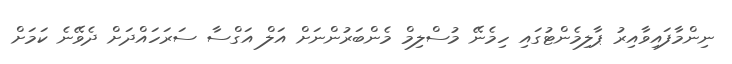
ނިންމާފައިވާއިރު ޕާލިމެންޓުގައި ހިމެނޭ މުސްލިމް މެންބަރުންނަށް އަލް އަގްސާ ސަރަހައްދަށް ދެވޭނެ ކަމަށް